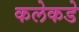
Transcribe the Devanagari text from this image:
कलेकडे